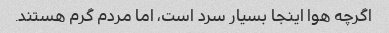
اگرچه هوا اینجا بسیار سرد است، اما مردم گرم هستند.